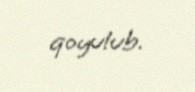
qoyulub.